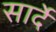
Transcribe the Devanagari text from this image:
सार्दे